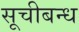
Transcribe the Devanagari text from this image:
सूचीबन्ध